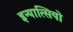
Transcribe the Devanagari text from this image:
इन्यात्सियो